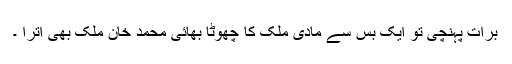
برات پہنچی تو ایک بس سے مادی ملک کا چھوٹا بھائی محمد خان ملک بھی اترا ۔